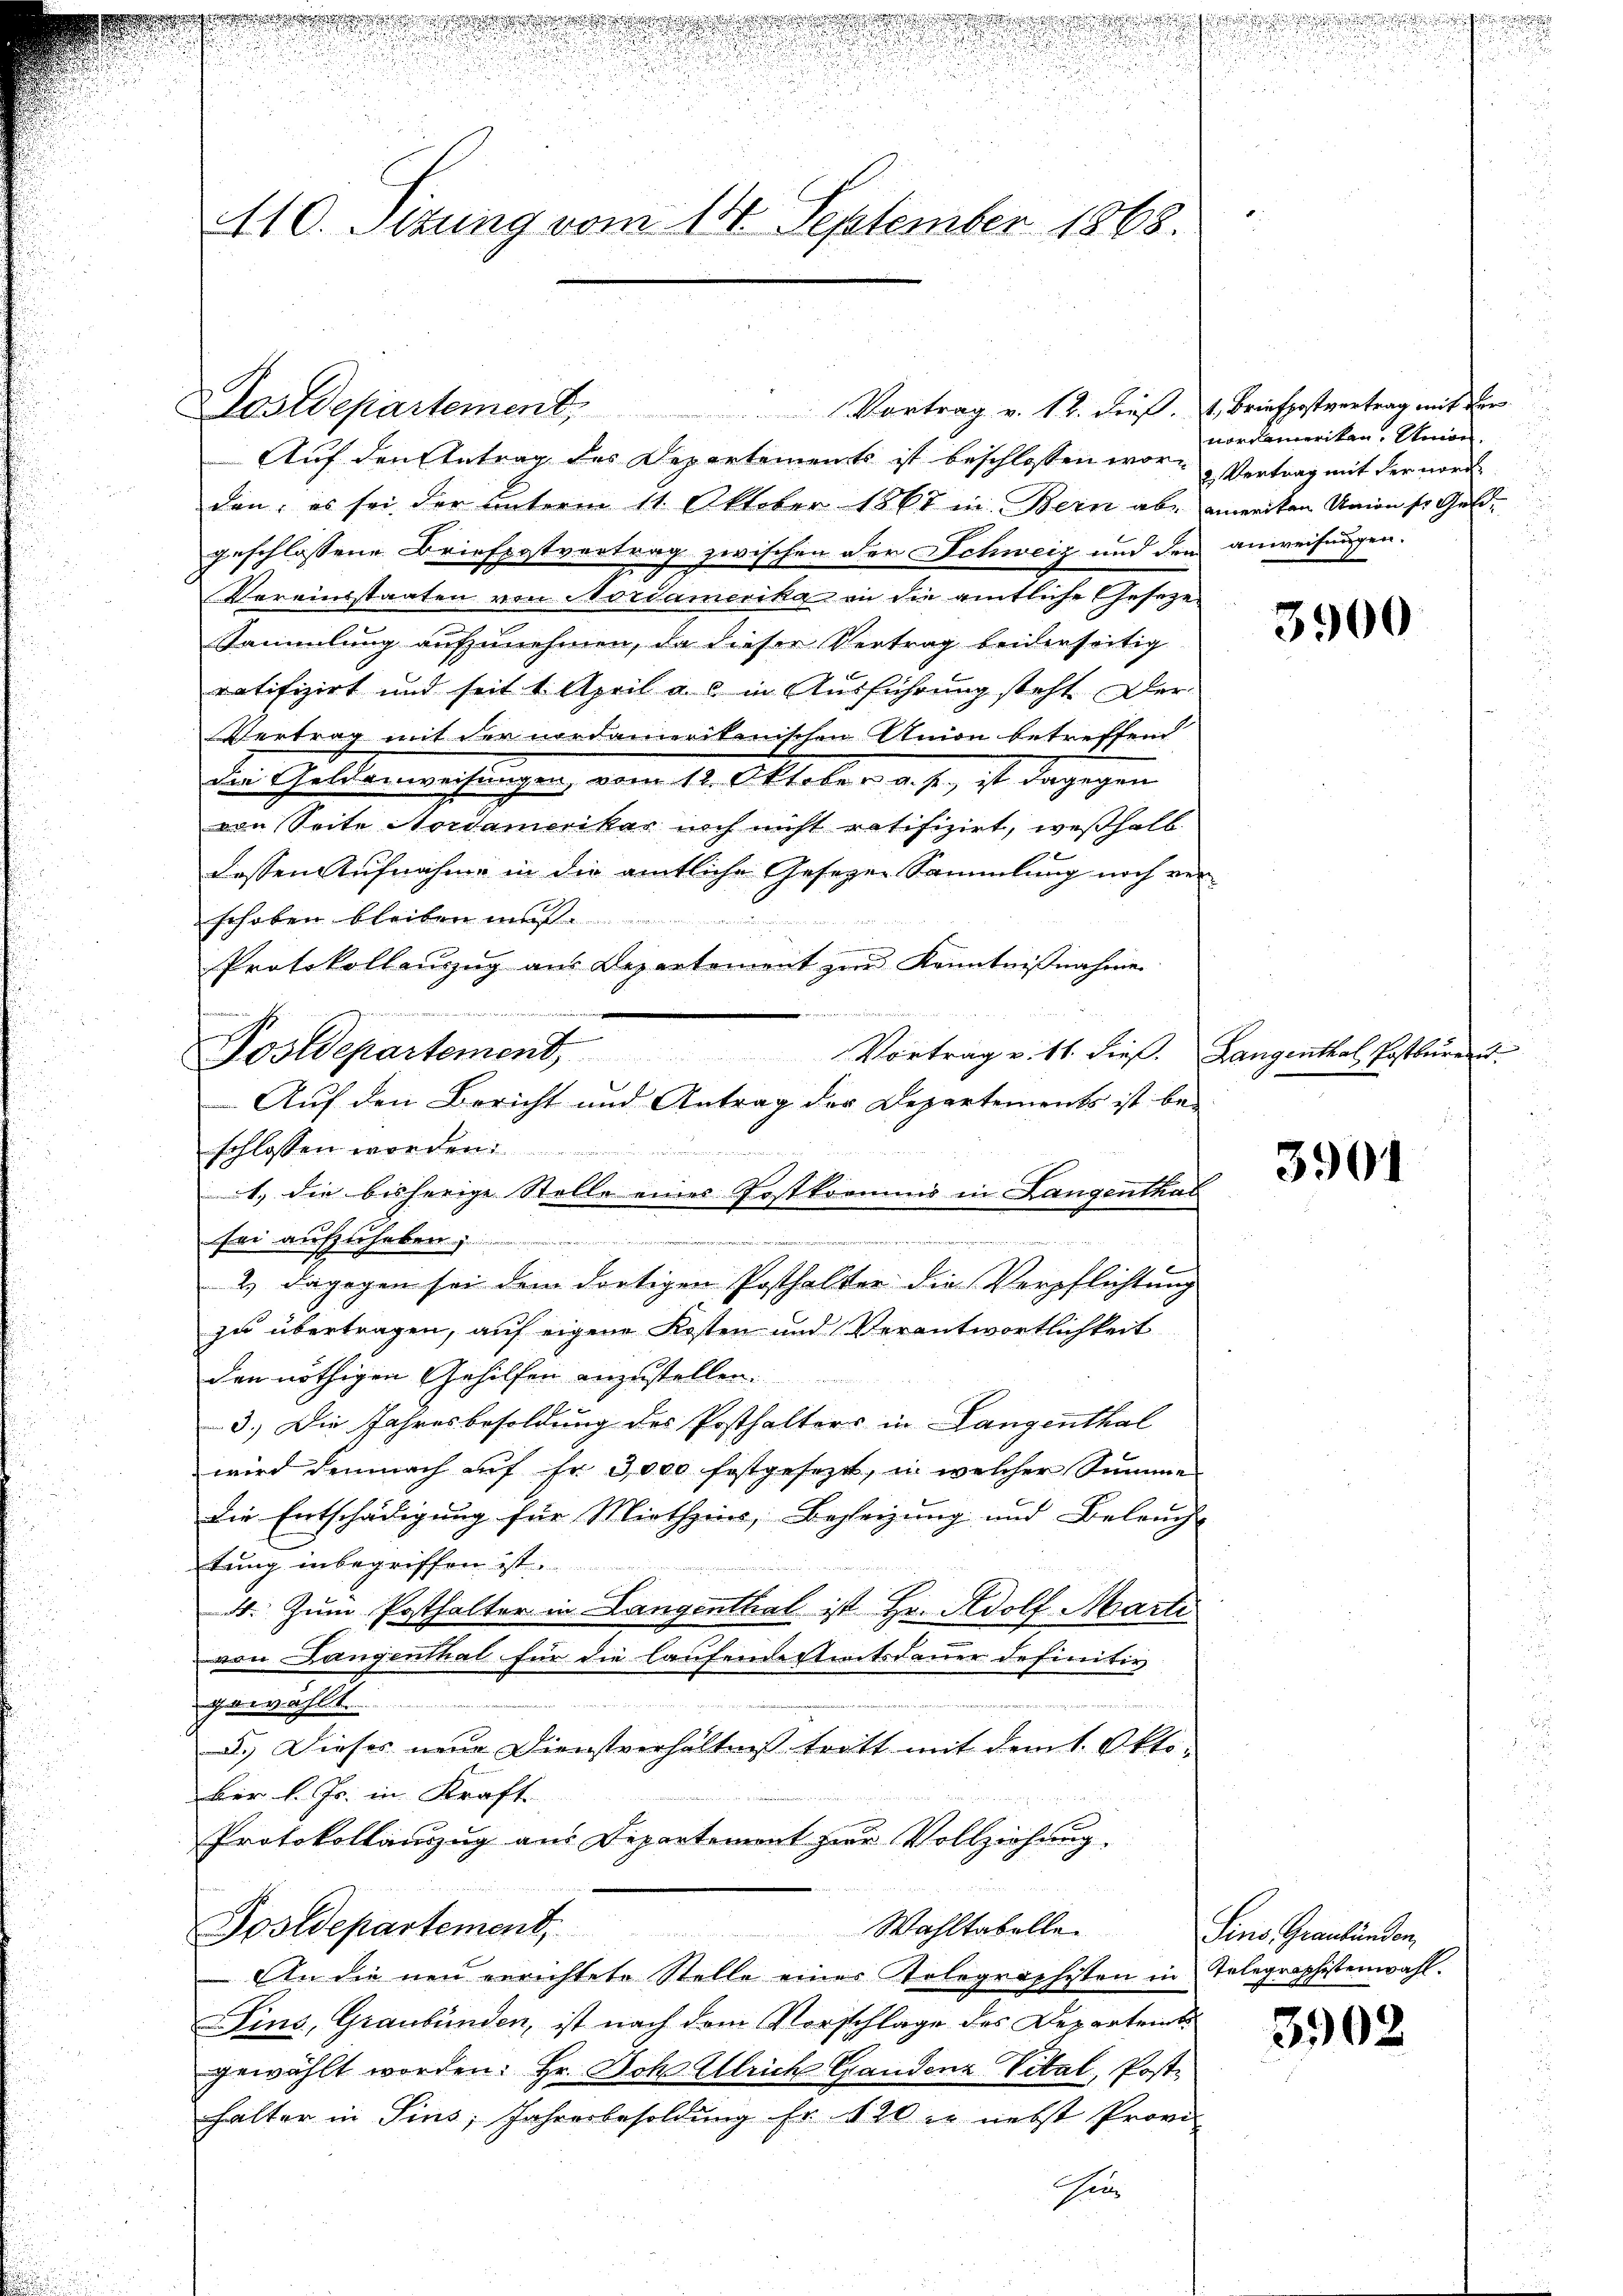
u
d
u
110. Sitzung vom 18. September 1868.

Dostdepartement,

Auf den Antrag des Departements ist beschlossen wor-Vertrag mit der nord
den; es sei der unterm 11. Oktober 1867 in Bern ab, aneiten Union so Geldgeschlossene Briefpostvertrag zwischen der Schweiz und den anweisungen.
Vereinsstaaten von Nordamerika in die amtliche Geseze
Sammlung aufzunehmen, da dieser Vertrag beiderseitig
ratifizirt und seit 1. April a. c. in Ausführung steht. Der
Vertrag mit der nordamerikanischen Anion betreffend
die Geldanweisungen, vom 12. Oktober a. p., ist dagegen
von Seite Nordamerikar noch nicht ratifizirt, weßhalb
8
dessen Aufnahme in die amtliche Gesezen Sammlung noch ver-
schoben bleiben mus
s
Protokollanzŭg aŭs Departement zur Kenntniβnahme
Vortrag v. 11. dieß.
Auf den Bericht und Antrag der Departements ist be-
schlossen worden.
1., die bisherige Stelle einer Postkommnis in Langenthal
Uri aufzuheben

2.) Dagegen sei dem dortigen Posthalter die Verpflichtung
zu übertragen, auf eigene Kosten und Verantwortlichkeit
den nöthigen Gehilfen anzustellen.
3.) Die Jahresbesoldung des Posthalters in Langenthal
wird demnach auf Fr. 3000 festgesezt, in welcher Summe
die Entschädigung für Miethzins, Beheizung und Beleucht
tung inbegriffen ist.
4. Zum Posthalter in Langenthal ist Hr. Adolf Marti
von Langenthal für die laufendestamtsdauer definitiv
gewählt
d.) Dieses neue Dienstverhältnis tratt mit dem 1. Okto¬
Ber l. Js. in Kraft
Protokollauszug aus Departement zur Vollziehung,
Postdepartement. Wahltabelle. Sins Graubünden,
An die neu errichtete Stelle einer Telegraphisten in Telegraphistenwahl.
ins, Graubünden, ist nach dem Vorschlage des Departeit
gewählt worden. Hr. Joh. Ulrich Gandenz Vital, Posthalter in Sins, Jahresbesoldung fr. 120 in nebst Provi
Chene

Postdepartement,

Vortrag v. 12. dieß. 1. Briefpostvertrag mit der

i
n
e
fund

nordamerikan, Seide

3900

Langenthal Postburend

3901

3902